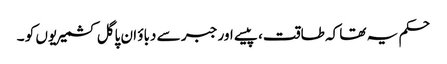
حکم یہ تھا کہ طاقت، پیسے اور جبر سے دباؤ ان پاگل کشمیریوں کو ۔